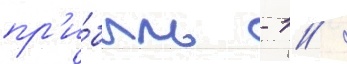
пр'и́быль - 1 /